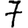
Digit: 7